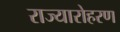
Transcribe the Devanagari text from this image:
राज्यारोहरण